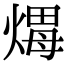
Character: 𤌖